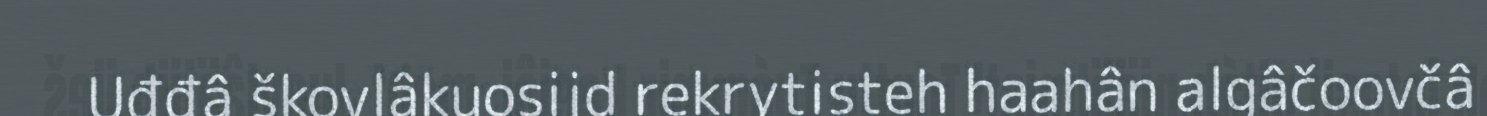
Uđđâ škovlâkuosijd rekrytisteh haahân algâčoovčâ